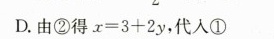
D. 由②得x=3+2y，代人①